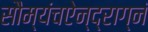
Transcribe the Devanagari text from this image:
सौम्यंचऐन्द्राग्नं